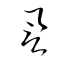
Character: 譽